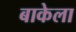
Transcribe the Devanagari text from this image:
बाकेला